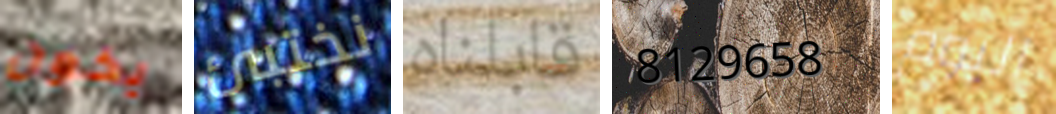
يكون نختبئ قابلناه 8129658 اليوم